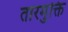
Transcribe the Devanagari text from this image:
तारमुक्ति